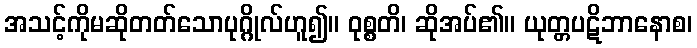
အသင့်ကိုမဆိုတတ်သောပုဂ္ဂိုလ်ဟူ၍။ ဝုစ္စတိ၊ ဆိုအပ်၏။ ယုတ္တပဋိဘာနောစ၊